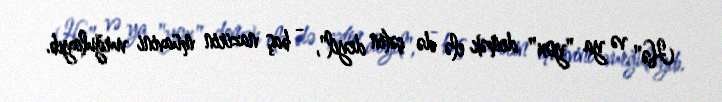
Hə" və ya "yox" demək elə də çətin deyil", - baş nazirin müavini vurğulayıb.